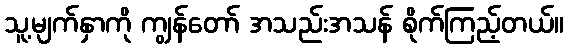
သူ့မျက်နှာကို ကျွန်တော် အသည်းအသန် စိုက်ကြည့်တယ်။